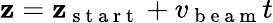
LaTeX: \mathbf{z}=\mathbf{z}_{\mathrm{{~s~t~a~r~t~}}}+v_{\mathrm{{~b~e~a~m~}}}t